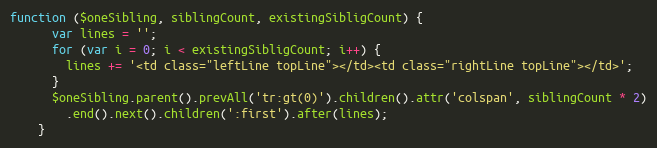
Language: JavaScript
function ($oneSibling, siblingCount, existingSibligCount) {
      var lines = '';
      for (var i = 0; i < existingSibligCount; i++) {
        lines += '<td class="leftLine topLine"></td><td class="rightLine topLine"></td>';
      }
      $oneSibling.parent().prevAll('tr:gt(0)').children().attr('colspan', siblingCount * 2)
        .end().next().children(':first').after(lines);
    }